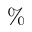
\%